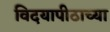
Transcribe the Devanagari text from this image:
विदयापीठाच्या